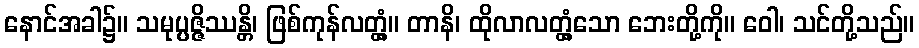
နောင်အခါ၌။ သမုပ္ပဇ္ဇိဿန္တိ၊ ဖြစ်ကုန်လတ္တံ့။ တာနိ၊ ထိုလာလတ္တံ့သော ဘေးတို့ကို။ ဝေါ၊ သင်တို့သည်။